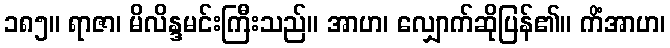
၁၈၅။ ရာဇာ၊ မိလိန္ဒမင်းကြီးသည်။ အာဟ၊ လျှောက်ဆိုပြန်၏။ ကိံအာဟ၊